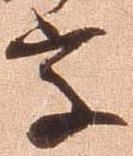
字